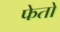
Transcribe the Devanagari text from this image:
फेतो